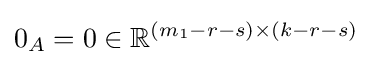
0_{A}=0\in \mathbb {R} ^{(m_{1}-r-s)\times (k-r-s)}